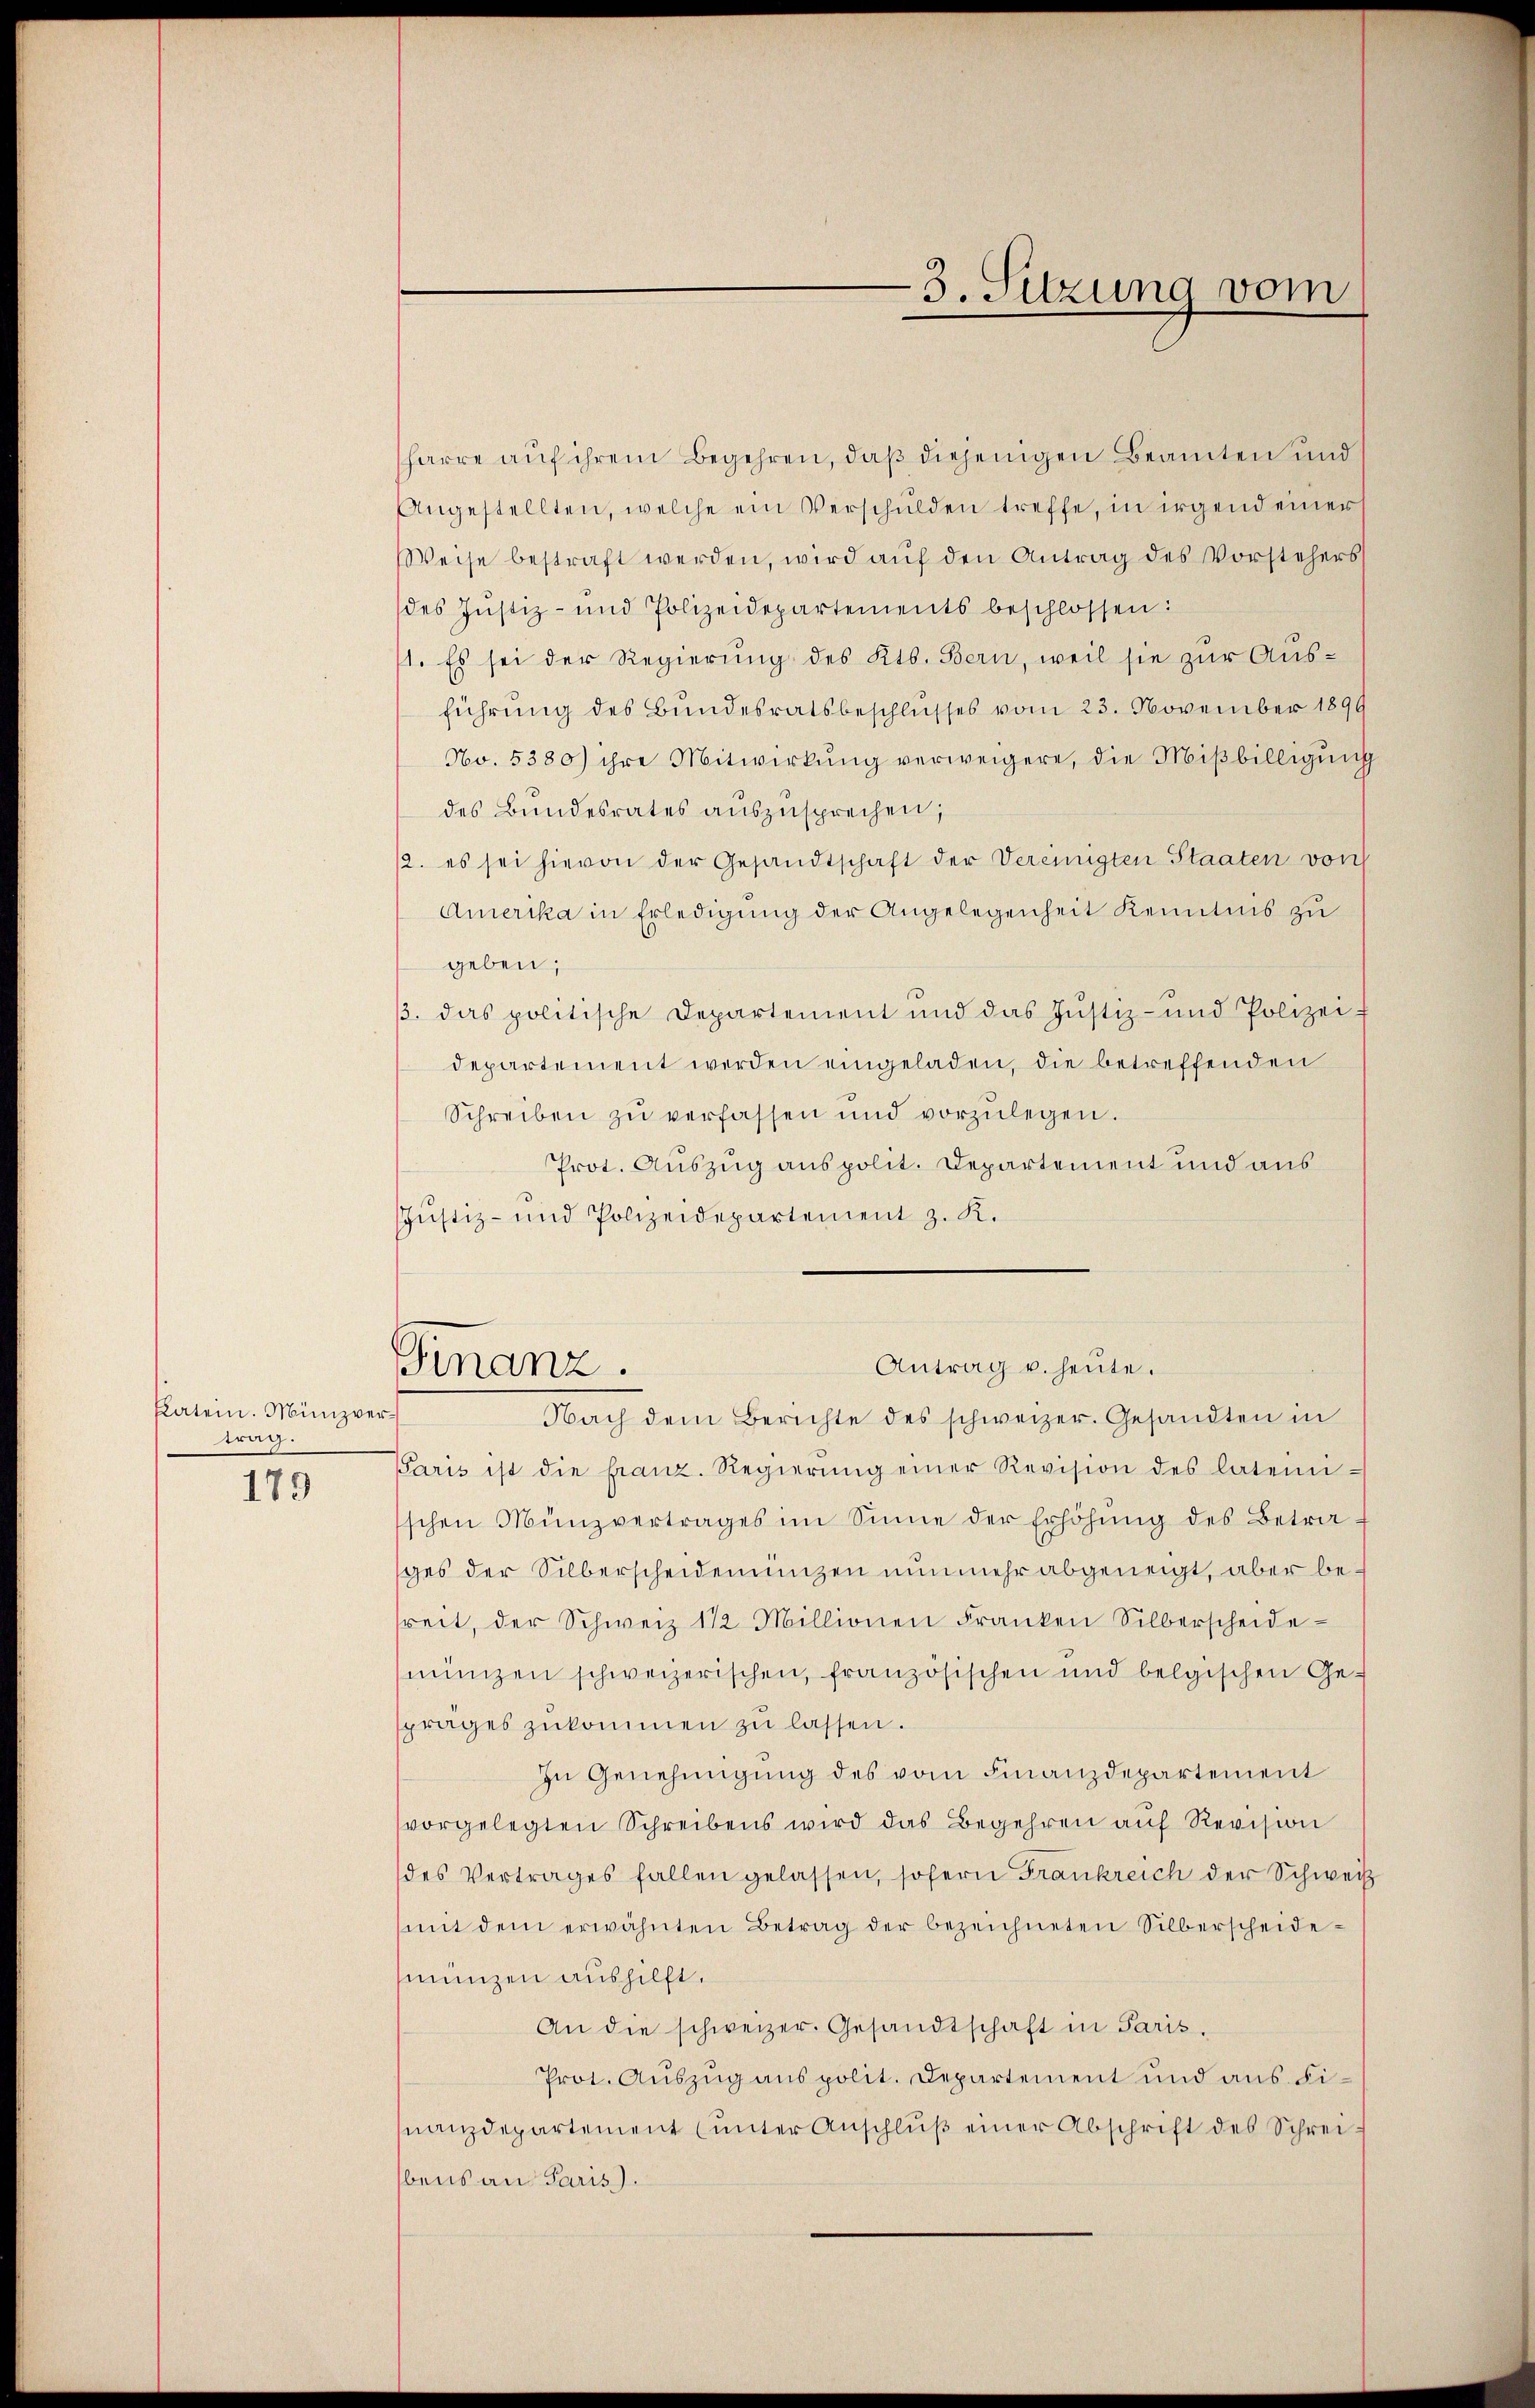
Platein. Münzvertrag.
179

harre auf ihrem Begehren, daß diejenigen Beamten und
Angestellten, welche ein Verschulden treffe, in irgend einer
Weise bestraft werden, wird aŭf den Antrag des Vorstehers
des Justiz- und Polizeidepartements beschlossen:
4. Es sei der Regierung des Kts. Bern, weil sie zur Ausführung des Bundesratsbeschlusses vom 23. November 1899
No. 5380) ihre Mitwirkŭng verweigere, die Miβbilligŭng
des Bundesrates aŭszŭsprechen;
12. es sei hievon der Gesandtschaft der Vereinigten Staaten von
Amerika in Erledigung der Angelegenheit Kenntnis zu
geben;
. das politische Departement und das Justiz- und Polizei-
departement werden eingeladen, die betreffenden
Schreiben zŭ verfassen und vorzŭlegen.
Prot. Auszug aus polit. Departement und aus
JJŭstiz- und Polizeidepartement z. K.
Antrag u. heute.
Finanz.
Nach dem Berichte des schweizer. Gesandten in
Paris ist die franz. Regierŭng einer Revision des latein-
schen Münzvertrages im Sinne der Erhöhŭng des Betrages der Silberscheidemünzen nunmehr abgeneigt, aber bereit, der Schweiz 1 1/2 Millionen Franken Silberscheide-
münzen schweizerischen, französischen und belgischen Ge-
prages zukommen zŭ lassen.
In Genehmigŭng des vom Finanzdepartement
vorgelegten Schreibens wird das Begehren aŭf Revision
des Vertrages fallen gelassen, sofern Frankreich der Schweiz
mit dem erwähnten Betrag der bezeichneten Silberscheide-
münzen aushilft.
An die schweizer. Gesandtschaft in Paris.
Prot. Auszug aus polit. Departement und aus Finanzdepartement (unter Anschlŭβ einer Abschrift des Schreibens an Paris.

3. Sitzung vom